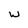
Character: W